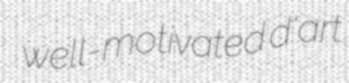
well-motivated d'art